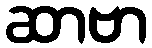
ဆာဗာ